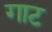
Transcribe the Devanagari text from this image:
गाट